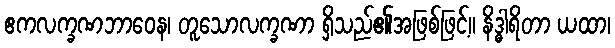
ဧကလက္ခဏဘာဝေန၊ တူသောလက္ခဏာ ရှိသည်၏အဖြစ်ဖြင့်။ နိဒ္ဓါရိတာ ယထာ၊